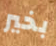
بخير